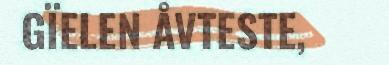
GÏELEN ÅVTESTE,